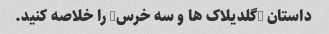
داستان "گلدیلاک ها و سه خرس" را خلاصه کنید.